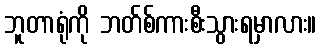
ဘူတာရုံကို ဘတ်စ်ကားစီးသွားရမှာလား။